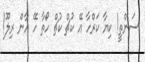
ސަންތީ! ކިޔާ ކަރްހާ އޭ ކުޗް ކުޗް ހޯތާ ހޭ އާން ރިލޫ!